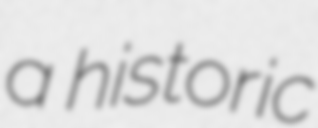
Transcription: a historic